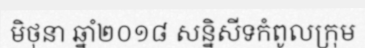
មិថុនា ឆ្នាំ២០១៨ សន្និសីទកំពូលក្រុម